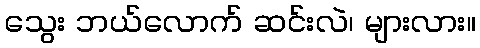
သွေး ဘယ်လောက် ဆင်းလဲ၊ များလား။